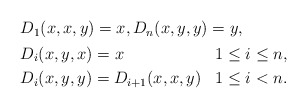
\begin{align*} \begin{aligned} & D_1(x,x,y) = x, D_n(x,y,y) = y, \\ & \begin{aligned} & D_i(x,y,x) = x & & 1\leq i\leq n, \\ & D_i(x,y,y) = D_{i+1}(x,x,y) & & 1\leq i<n. \end{aligned}\end{aligned} \end{align*}